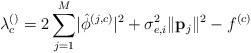
\begin{align*} \lambda_c^{\left(\right)}=2\sum_{j=1}^{M}\lvert\hat{\phi}^{\left(j,c\right)}\rvert^2+\sigma_{e,i}^2\lVert\mathbf{p}_j\rVert^2-f^{\left(c\right)} \end{align*}